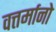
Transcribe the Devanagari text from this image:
वत्तर्मानो